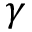
\gamma